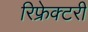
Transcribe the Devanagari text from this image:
रिफ्रेक्टरी